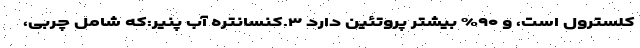
کلسترول است، و ۹۰% بیشتر پروتئین دارد ۳.کنسانتره آب پنیر:که شامل چربی،